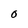
Character: O